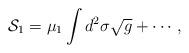
LaTeX: \begin{align*}{\cal S}_{1}=\mu_{1}\int d^{2}\sigma\sqrt{g}+\cdots,\end{align*}